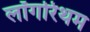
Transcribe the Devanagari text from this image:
लॉगरिथम